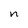
Character: n